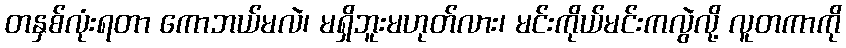
တနှစ်လုံးရတာ ကောဘယ်မလဲ၊ မရှိဘူးမဟုတ်လား၊ မင်းကိုယ်မင်းကလွဲလို့ လူတကာကို